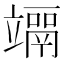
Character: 𥫀